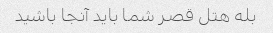
بله هتل قصر شما باید آنجا باشید